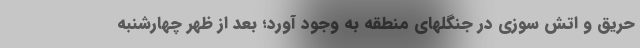
حریق و اتش سوزی در جنگلهای منطقه به وجود آورد؛ بعد از ظهر چهارشنبه